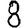
Digit: 8